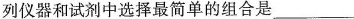
列仪器和试剂中选择最简单的组合是___